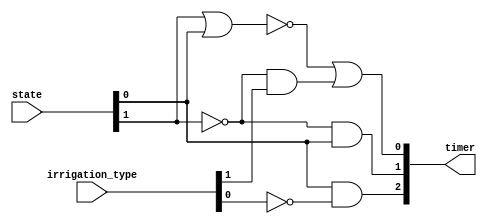
module encoder_timer(input [1:0]state, input [1:0]irrigation_type, output [2:0]timer);



// Bit 2
and(timer[2], state[0], !irrigation_type[0]);


// Bit 1
and(timer[1], !state[1], state[0]);


// Bit 0
nor(aux0, state[1], state[0]);
and(aux1, !state[1], irrigation_type[1]);
or(timer[0], aux0, aux1);



/*
COMO FUNCIONA?

000 -> 5
001 -> 10
010 -> 15
011 -> 22
100 -> 30

*/





endmodule